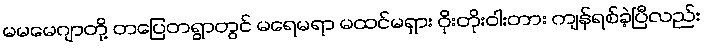
မမမေဂျာတို့ တပြေတရွာတွင် မရေမရာ မထင်မရှား ဝိုးတိုးဝါးတား ကျန်ရစ်ခဲ့ပြီလည်း